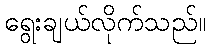
ရွေးချယ်လိုက်သည်။